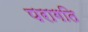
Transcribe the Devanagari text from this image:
परागति